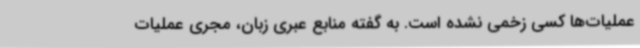
عملیات‌ها کسی زخمی نشده است. به گفته منابع عبری زبان، مجری عملیات